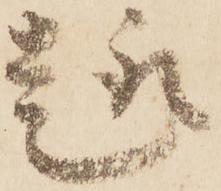
趣